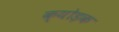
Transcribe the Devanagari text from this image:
क्योड़क